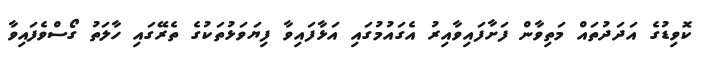
ކޮވިޑުގެ އަދަދުތައް މަތިވާން ފަށާފައިވާއިރު އެގައުމުގައި އަޅާފައިވާ ފިޔަވަޅުތަކުގެ ތެރޭގައި ހާލަތު ގޯސްވެފައިވާ